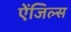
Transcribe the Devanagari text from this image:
ऐंजिल्स